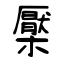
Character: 檿